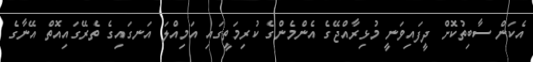
އެކަން ސާބިތުކޮށް ދީފައިވަނީ މުޅިރާއްޖޭގެ އެންމެންގެ ކުރިމަތީގައި އަމިއްލަ އަނގައިގެ ތެރޭގައިއޮތް އޭނާގެ